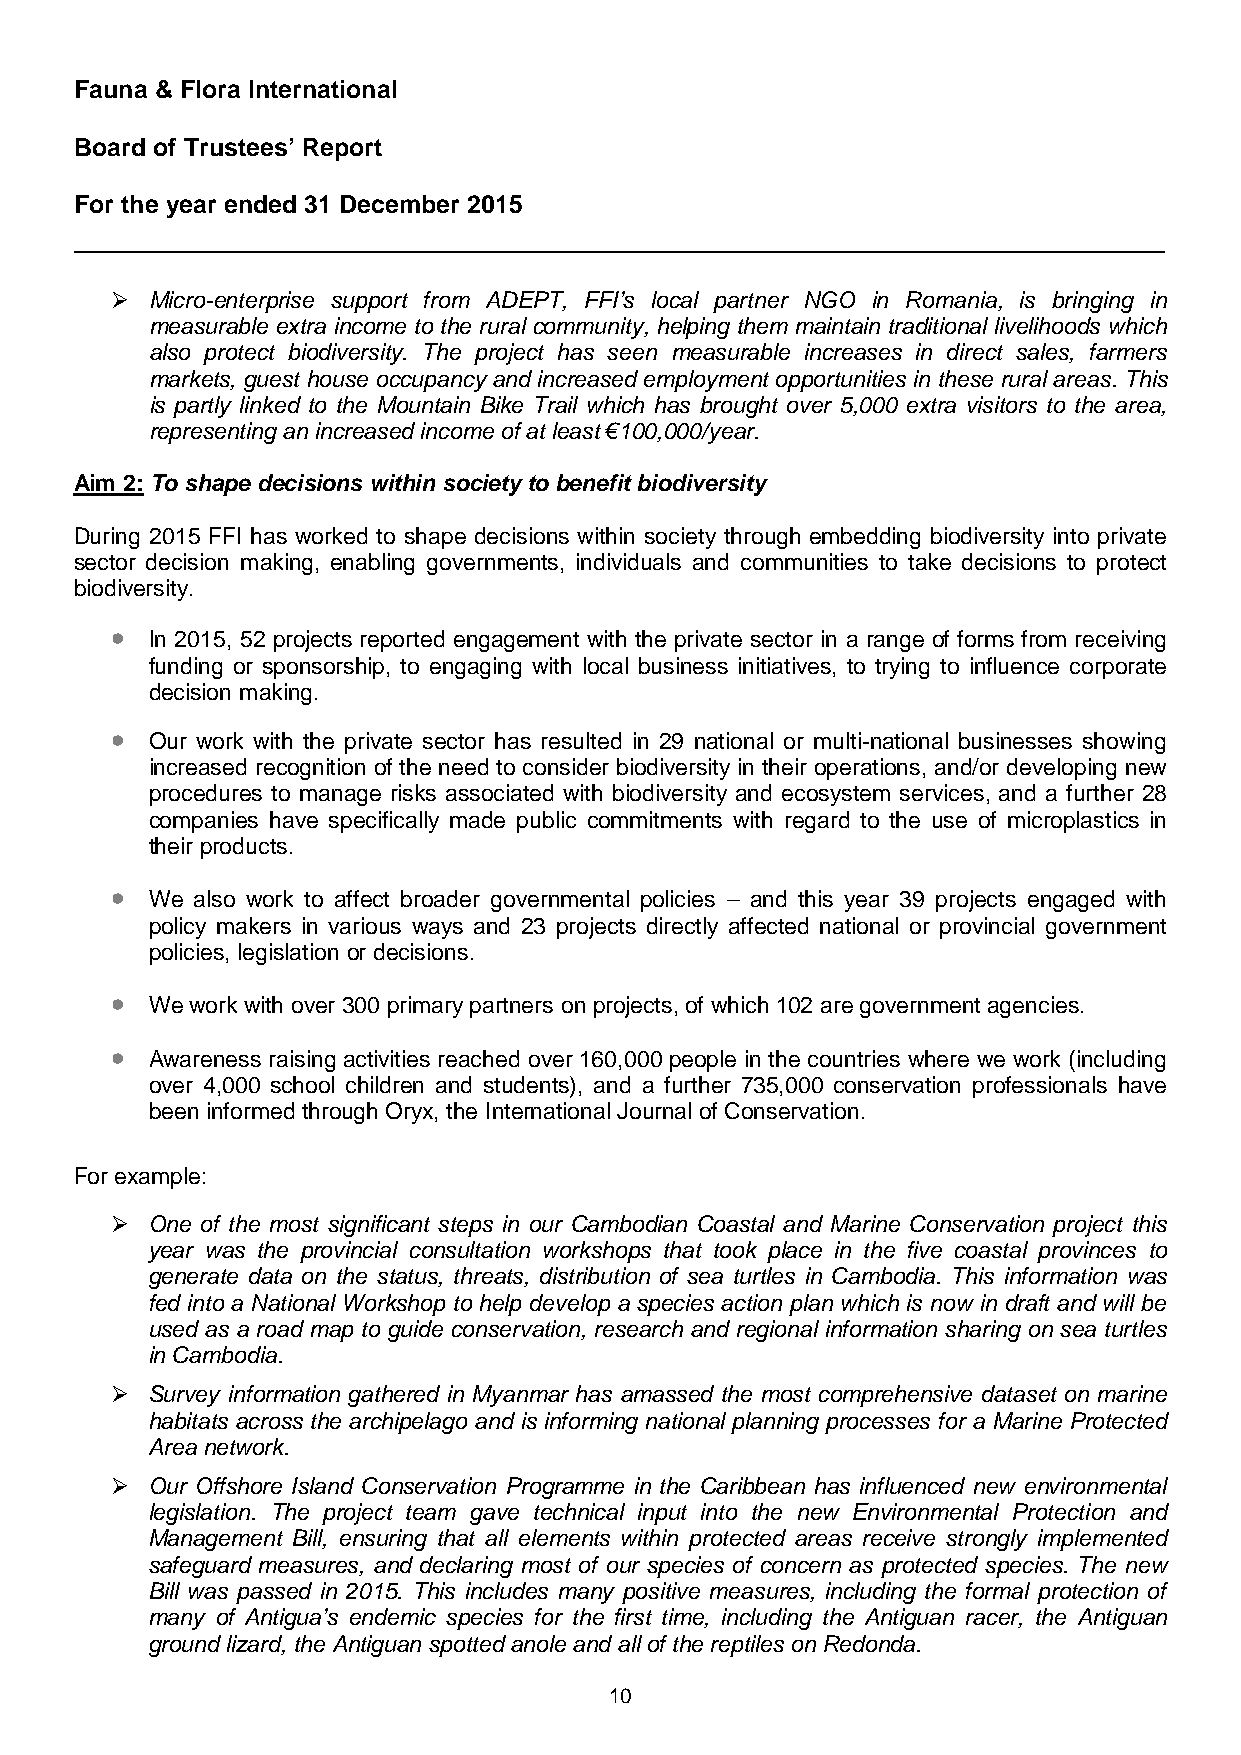
Fauna & Flora International
 Board of Trustees’ Report
 For the year ended 31 December 2015
   Micro-enterprise support from ADEPT, FFI’s local partner NGO in Romania, is bringing in
 measurable extra income to the rural community, helping them maintain traditional livelihoods which
 also protect biodiversity. The project has seen measurable increases in direct sales, farmers
 markets, guest house occupancy and increased employment opportunities in these rural areas. This
 is partly linked to the Mountain Bike Trail which has brought over 5,000 extra visitors to the area,
 representing an increased income of at least €100,000/year.
 Aim 2: To shape decisions within society to benefit biodiversity
 During 2015 FFI has worked to shape decisions within society through embedding biodiversity into private
 sector decision making, enabling governments, individuals and communities to take decisions to protect
 biodiversity.
 •
 In 2015, 52 projects reported engagement with the private sector in a range of forms from receiving
 funding or sponsorship, to engaging with local business initiatives, to trying to influence corporate
 decision making.
 •
 Our work with the private sector has resulted in 29 national or multi-national businesses showing
 increased recognition of the need to consider biodiversity in their operations, and/or developing new
 procedures to manage risks associated with biodiversity and ecosystem services, and a further 28
 companies have specifically made public commitments with regard to the use of microplastics in
 their products.
 •
 We also work to affect broader governmental policies – and this year 39 projects engaged with
 policy makers in various ways and 23 projects directly affected national or provincial government
 policies, legislation or decisions.
 •
 We work with over 300 primary partners on projects, of which 102 are government agencies.
 •
 Awareness raising activities reached over 160,000 people in the countries where we work (including
 over 4,000 school children and students), and a further 735,000 conservation professionals have
 been informed through Oryx, the International Journal of Conservation.
 For example:
   One of the most significant steps in our Cambodian Coastal and Marine Conservation project this
 year was the provincial consultation workshops that took place in the five coastal provinces to
 generate data on the status, threats, distribution of sea turtles in Cambodia. This information was
 fed into a National Workshop to help develop a species action plan which is now in draft and will be
 used as a road map to guide conservation, research and regional information sharing on sea turtles
 in Cambodia.
   Survey information gathered in Myanmar has amassed the most comprehensive dataset on marine
 habitats across the archipelago and is informing national planning processes for a Marine Protected
 Area network.
   Our Offshore Island Conservation Programme in the Caribbean has influenced new environmental
 legislation. The project team gave technical input into the new Environmental Protection and
 Management Bill, ensuring that all elements within protected areas receive strongly implemented
 safeguard measures, and declaring most of our species of concern as protected species. The new
 Bill was passed in 2015. This includes many positive measures, including the formal protection of
 many of Antigua’s endemic species for the first time, including the Antiguan racer, the Antiguan
 ground lizard, the Antiguan spotted anole and all of the reptiles on Redonda.
 10